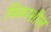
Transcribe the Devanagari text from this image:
विकाशील